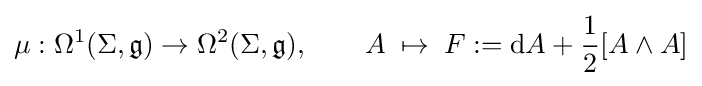
\mu :\Omega ^{1}(\Sigma ,{\mathfrak {g}})\rightarrow \Omega ^{2}(\Sigma ,{\mathfrak {g}}),\qquad A\;\mapsto \;F:=\mathrm {d} A+{\frac {1}{2}}[A\wedge A]